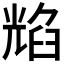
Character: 𦥿